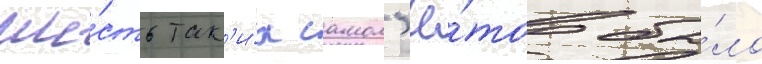
Ше́сть так'и́х самол'ё́тов бы́ло